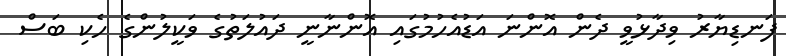
ފަނޑިޔާރު ވިދާޅުވީ ދެން އޮންނަ އަޑުއެހުމުގައި އޮންނާނީ ދައުލަތުގެ ވަކީލުންގެ ހެކި ބަސް